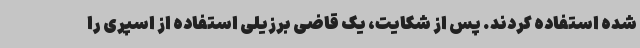
شده استفاده کردند. پس از شکایت، یک قاضی برزیلی استفاده از اسپری را